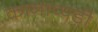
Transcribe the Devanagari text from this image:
कानाप्पडी